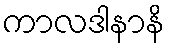
ကာလဒါနာနိ